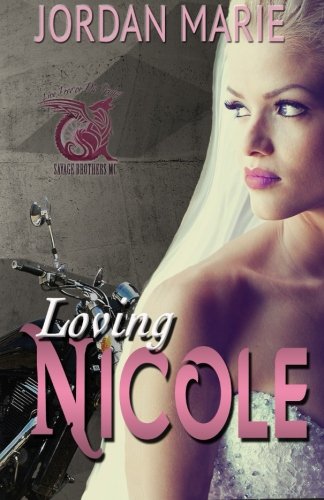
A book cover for Loving Nicole: Savage Brothers MC (Volume 3); Ms Jordan Marie; Romance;